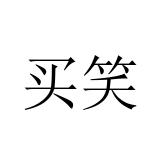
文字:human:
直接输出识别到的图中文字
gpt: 买笑